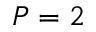
P = 2